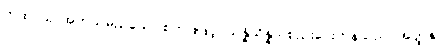
ကထာယ၊ အဘယ်မည်သော စကားဖြင့်။ သန္နိသိန္နာ၊ စည်းဝေးကုန်သည်။ အတ္ထနု၊